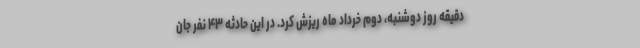
دقیقه روز دوشنبه، دوم خرداد ماه ریزش کرد. در این حادثه ۴۳ نفر جان